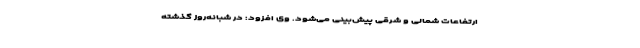
ارتفاعات شمالی و شرقی پیش‌بینی می‌شود. وی افزود: در شبانه‌روز گذشته